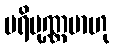
ပရိပုဏ္ဏမာဟု